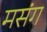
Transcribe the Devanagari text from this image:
मसंग